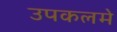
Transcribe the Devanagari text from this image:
उपकलमे